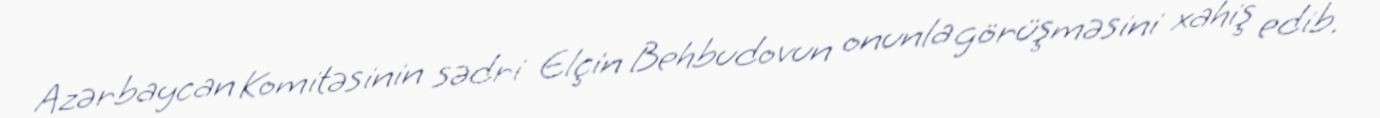
Azərbaycan Komitəsinin sədri Elçin Behbudovun onunla görüşməsini xahiş edib.